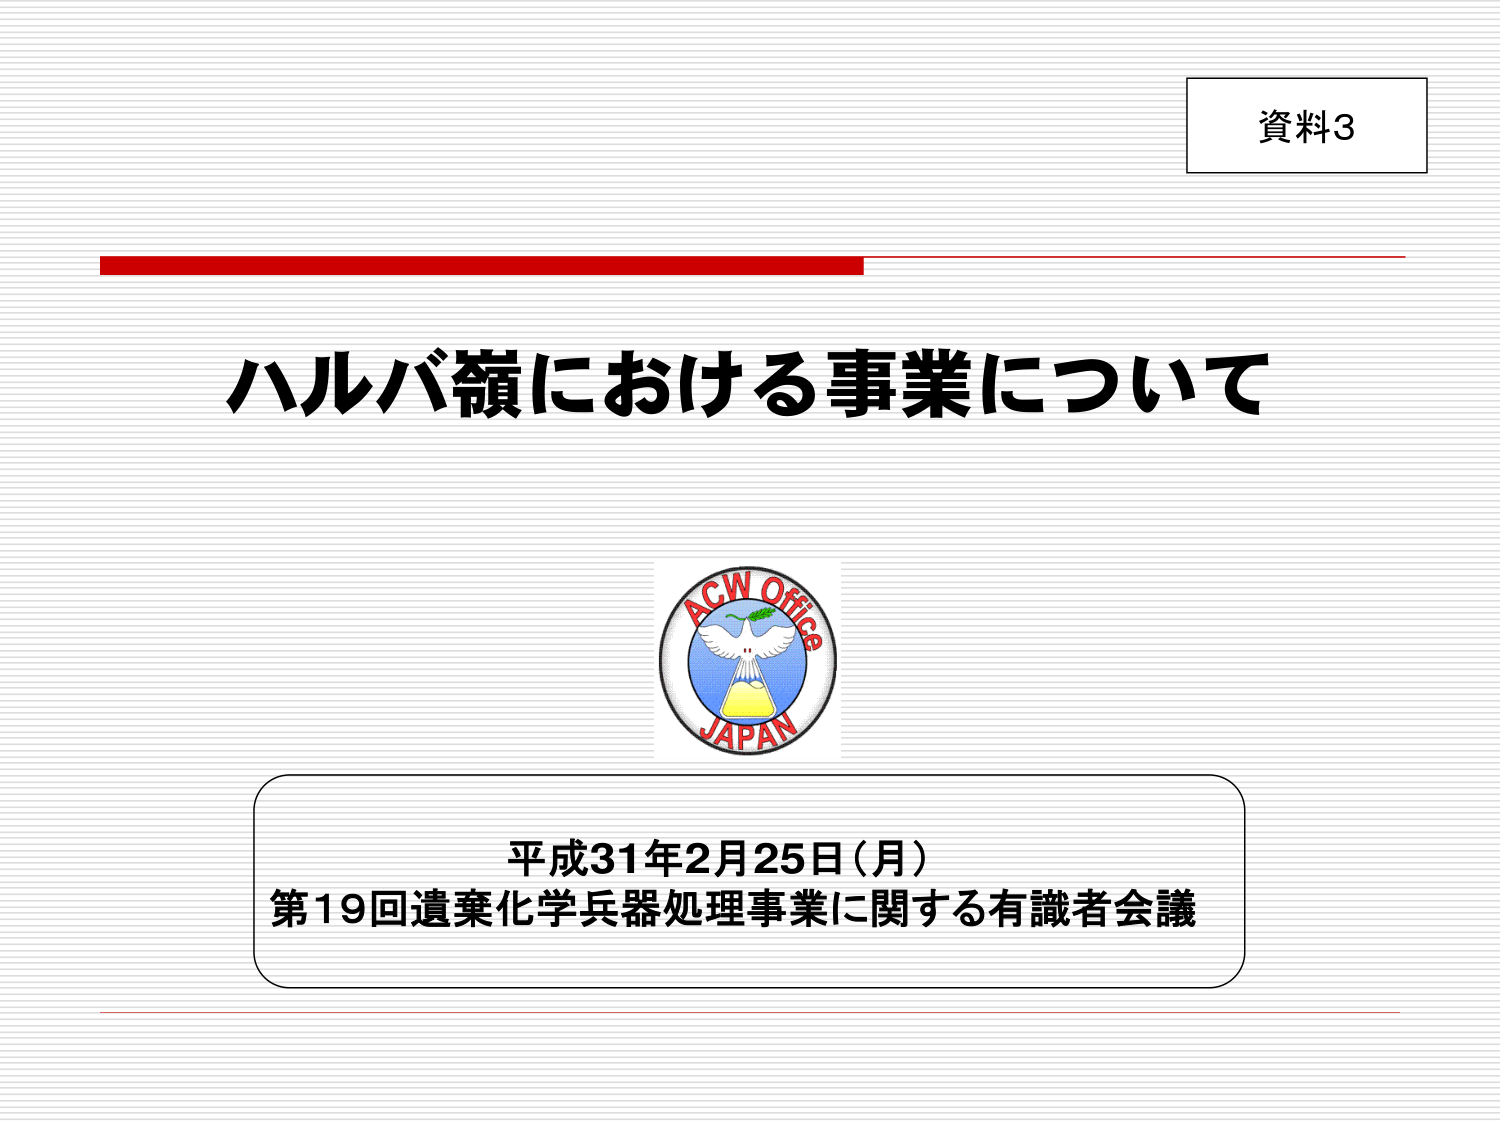
資料3

ハルバ嶺における事業について

ACW Office
JAPAN

平成31年2月25日（月）
第19回遺棄化学兵器処理事業に関する有識者会議